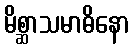
မိစ္ဆာသမာဓိနော